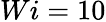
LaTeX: Wi=10